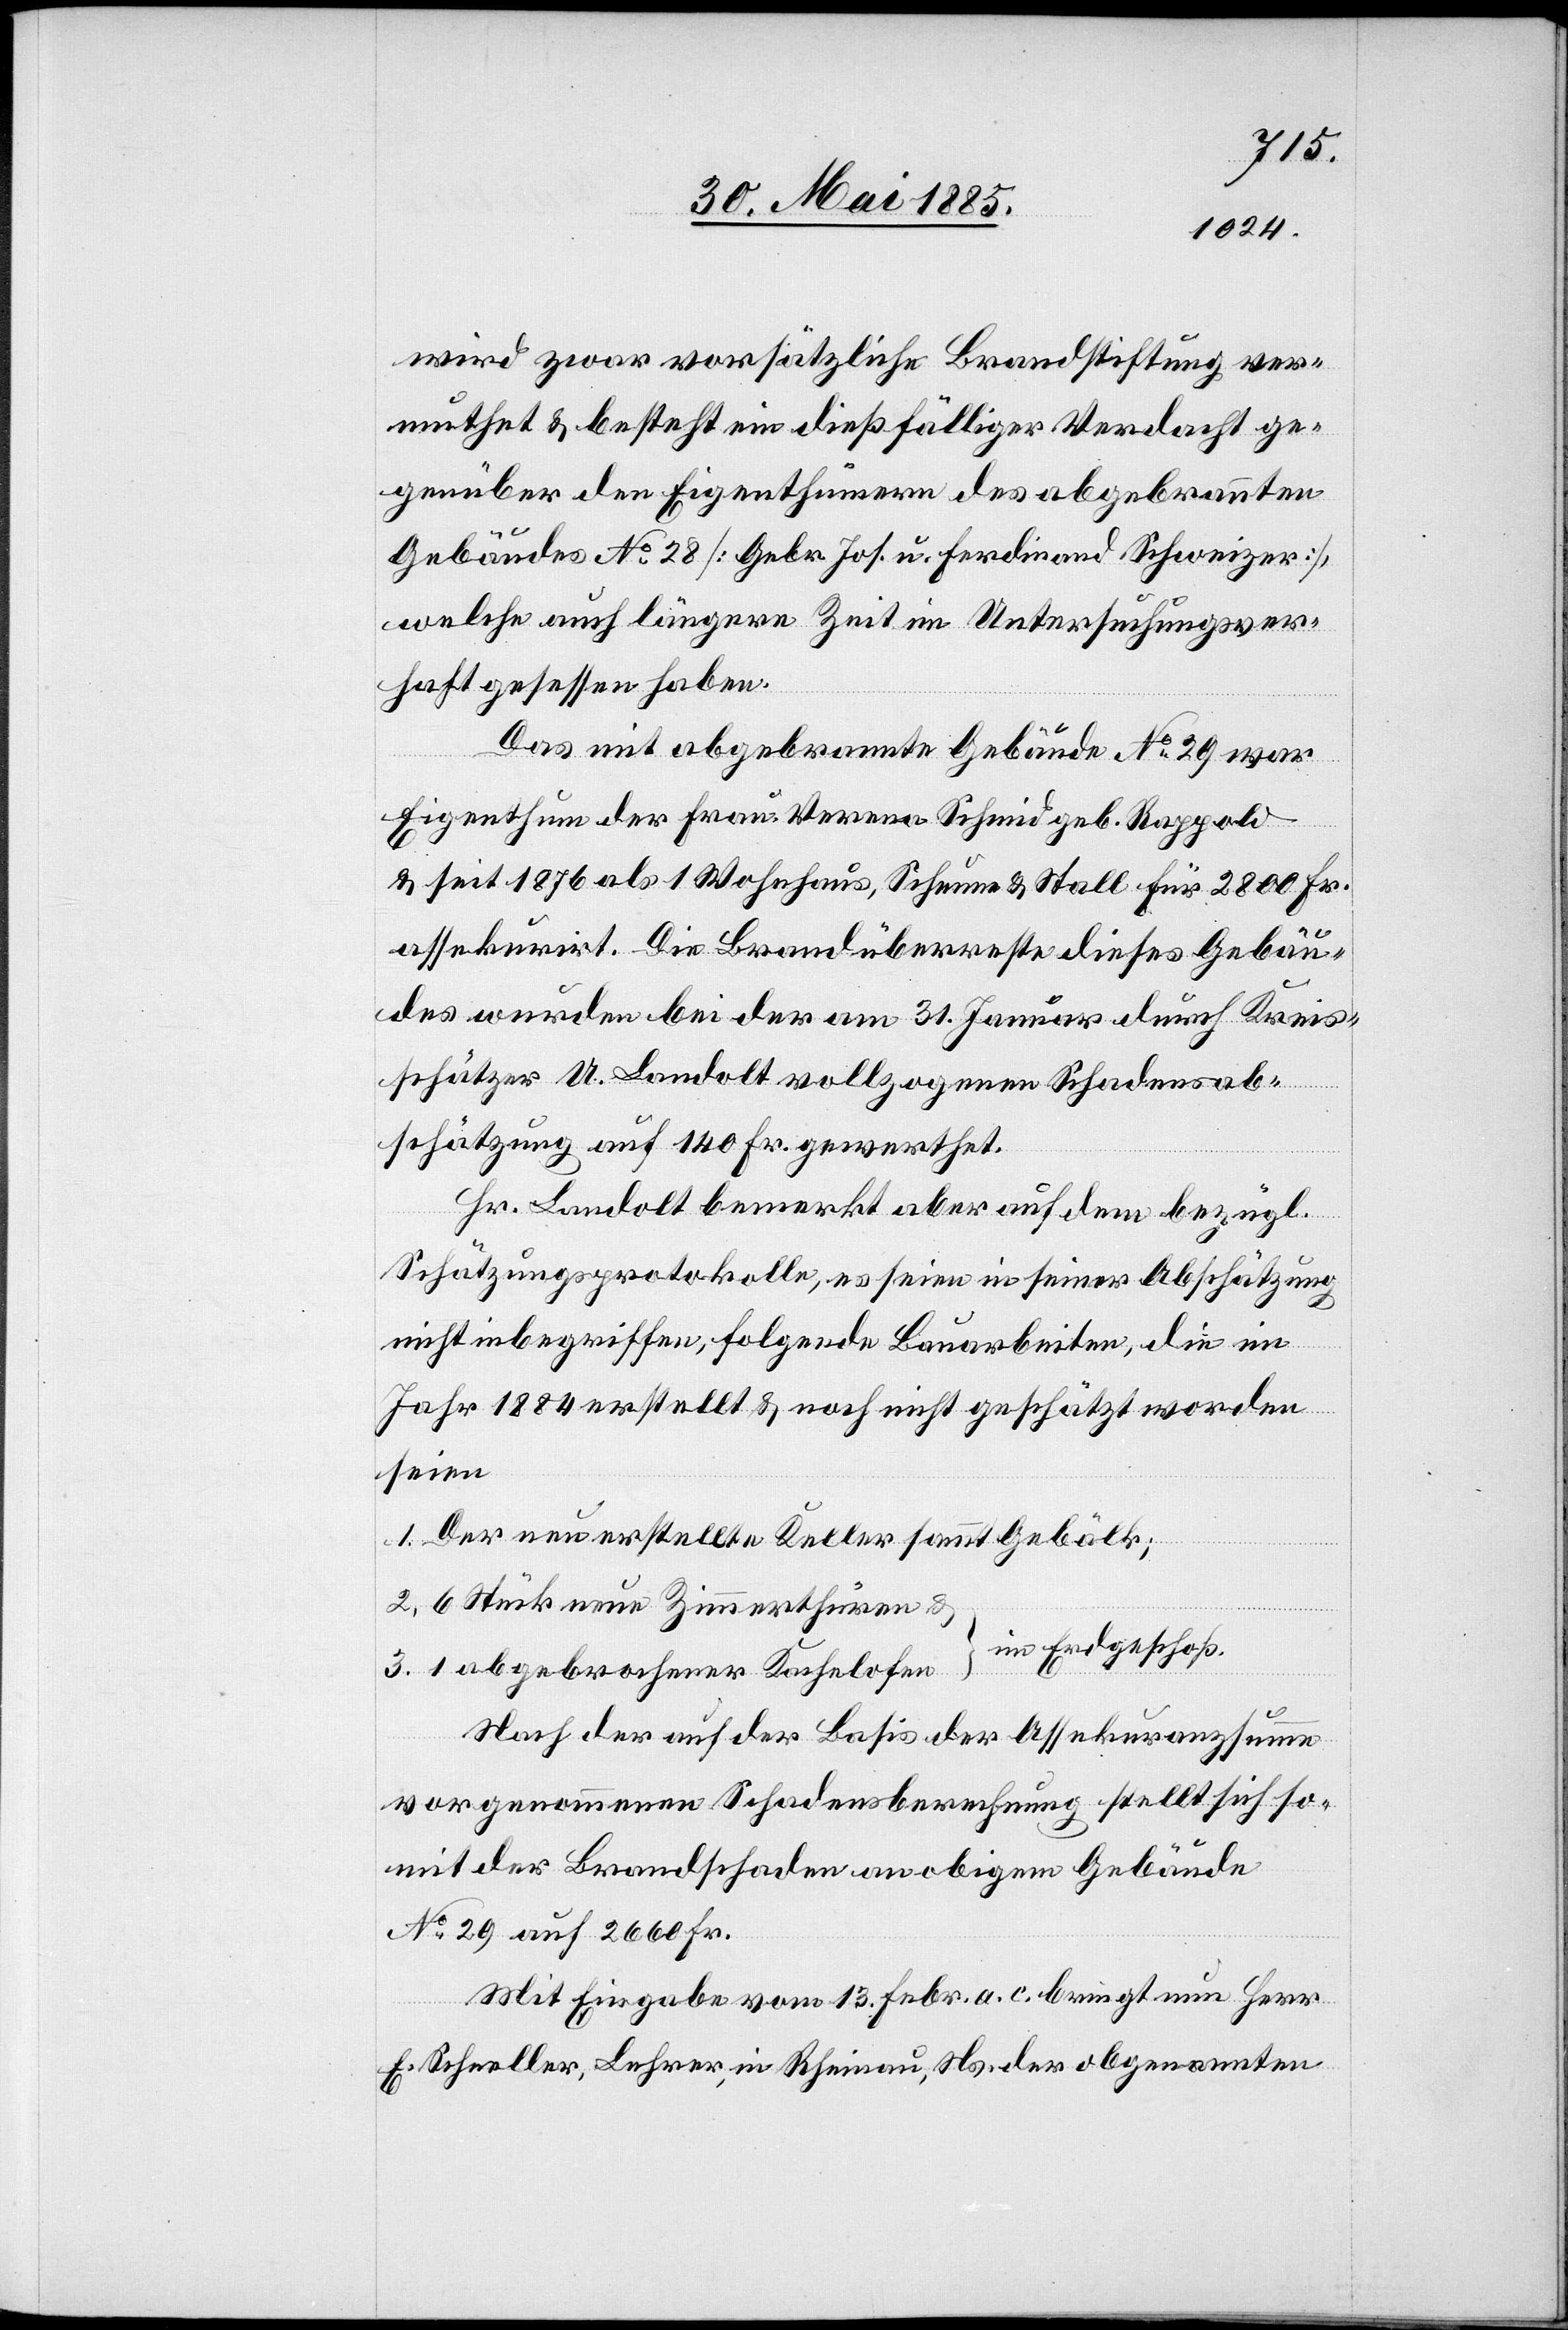
wird zwar vorsätzliche Brandstiftung ver¬
muthet & besteht ein dießfälliger Verdacht ge¬
genüber den Eigenthümern des abgebrannten
Gebäudes No 28 [Gebr. Jos. u. Ferdinand Schweizer],
welche auch längere Zeit in Untersuchungsver¬
haft gesessen haben.
Das mit abgebrannte Gebäude No 29 war
Eigenthum der Frau Verena Schmid geb. Rappold
& seit 1876 als 1 Wohnhaus, Scheune & Stall für Fr. 2800 Fr.
assekurirt. Die Brandüberreste dieses Gebäu¬
des wurden bei der am 31. Januar durch Kreis¬
schätzer U. Landolt vollzogenen Schadens¬
schätzung auf 140 Fr. gewerthet.
Hr. Landolt bemerkt aber auf dem bezügl.
Schätzungsprotokoll, es seien in seiner Abschätzung
nicht inbegriffen, folgende Bauarbeiten, die im
Jahr 1884 erstellt & noch nicht geschätzt worden
seien.
Der neu erstellte Keller sammt Gebälk;
6 Stück neue Zimmerthüren &
im Erdgeschoss
1 abgebrochener Kachelofen
Nach der auf der Basis der Assekuranzsumme
vorgenommenen Schadensberechnung stellt sich so¬
mit der Brandschaden an obigem Gebäude
No 29 auf 2660 Fr.
Mit Eingabe vom 13. Febr. a. c. bringt nun Herr
E. Schneller, Lehrer, in Rheinau, Ns. der abgeordneten